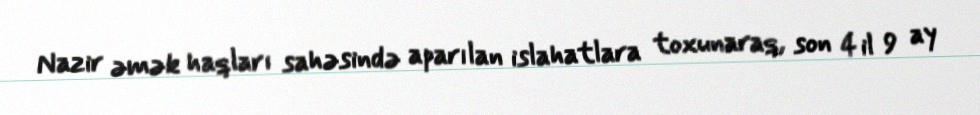
Nazir əmək haqları sahəsində aparılan islahatlara toxunaraq, son 4 il 9 ay